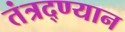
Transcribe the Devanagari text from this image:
तंत्रद्ण्यान